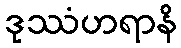
ဒုဿံဟရာနိ